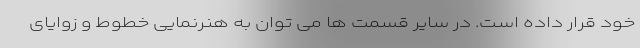
خود قرار داده است. در سایر قسمت ها می توان به هنرنمایی خطوط و زوایای